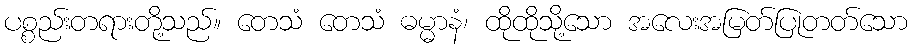
ပစ္စည်းတရားတို့သည်။ တေသံ တေသံ ဓမ္မာနံ၊ ထိုထိုသို့သော အလေးအမြတ်ပြုတတ်သော